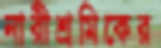
নারীশ্রমিকের